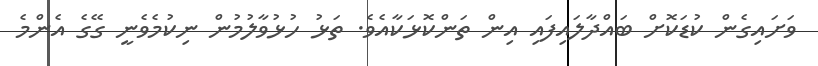
ވަށައިގެން ކުޑަކޮށް ބައްދާލައިފައި އިން ތަންކޮޅަކާއެވެ. ތަޅު ހުޅުވާލުމުން ނިކުމެވެނީ ގޭގެ އެންމެ